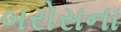
બરોસના